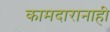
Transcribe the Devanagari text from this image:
कामदारानाही